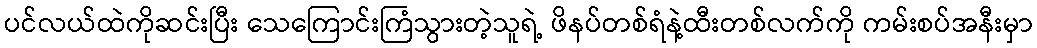
ပင်လယ်ထဲကိုဆင်းပြီး သေကြောင်းကြံသွားတဲ့သူရဲ့ ဖိနပ်တစ်ရံနဲ့ထီးတစ်လက်ကို ကမ်းစပ်အနီးမှာ